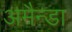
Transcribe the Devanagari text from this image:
अमैन्डा